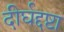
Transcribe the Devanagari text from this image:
दीर्घद्दष्टा